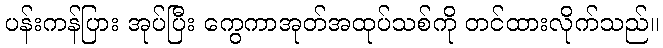
ပန်းကန်ပြား အုပ်ပြီး ကွေကာအုတ်အထုပ်သစ်ကို တင်ထားလိုက်သည်။